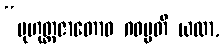
“မုဟုတ္တဇာတောဝ ဂဝမ္ပတီ ယထာ,